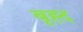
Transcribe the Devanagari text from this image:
बृह्द